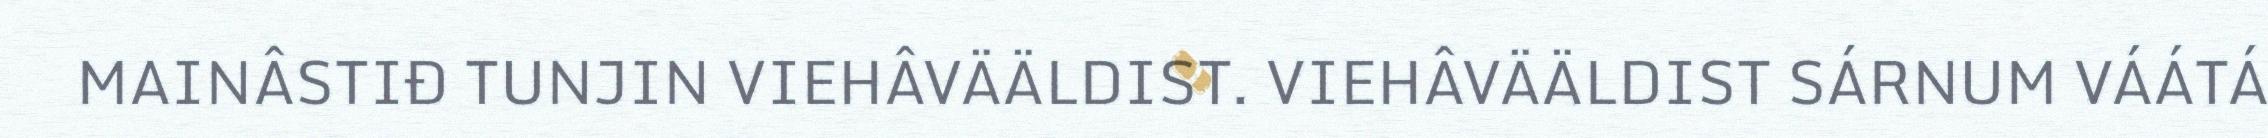
MAINÂSTIĐ TUNJIN VIEHÂVÄÄLDIST. VIEHÂVÄÄLDIST SÁRNUM VÁÁTÁ